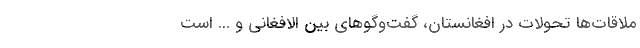
ملاقات‌ها تحولات در افغانستان، گفت‌وگو‌های بین الافغانی و ... است